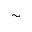
\sim